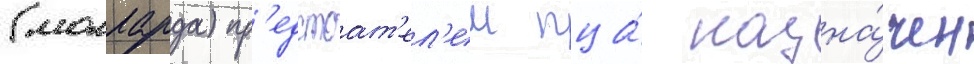
(молларда) пр'едстоат'ел'ем пца́ назна́чен